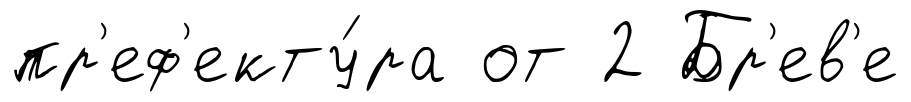
пр'еф'екту́ра от 2 Бр'ев'е